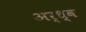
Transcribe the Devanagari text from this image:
अर्ध्व